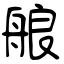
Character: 艆